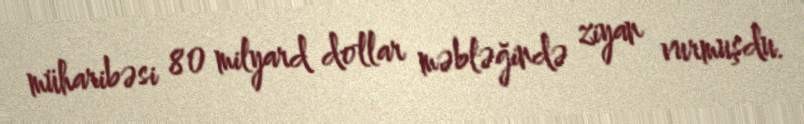
müharibəsi 80 milyard dollar məbləğində ziyan vurmuşdu.